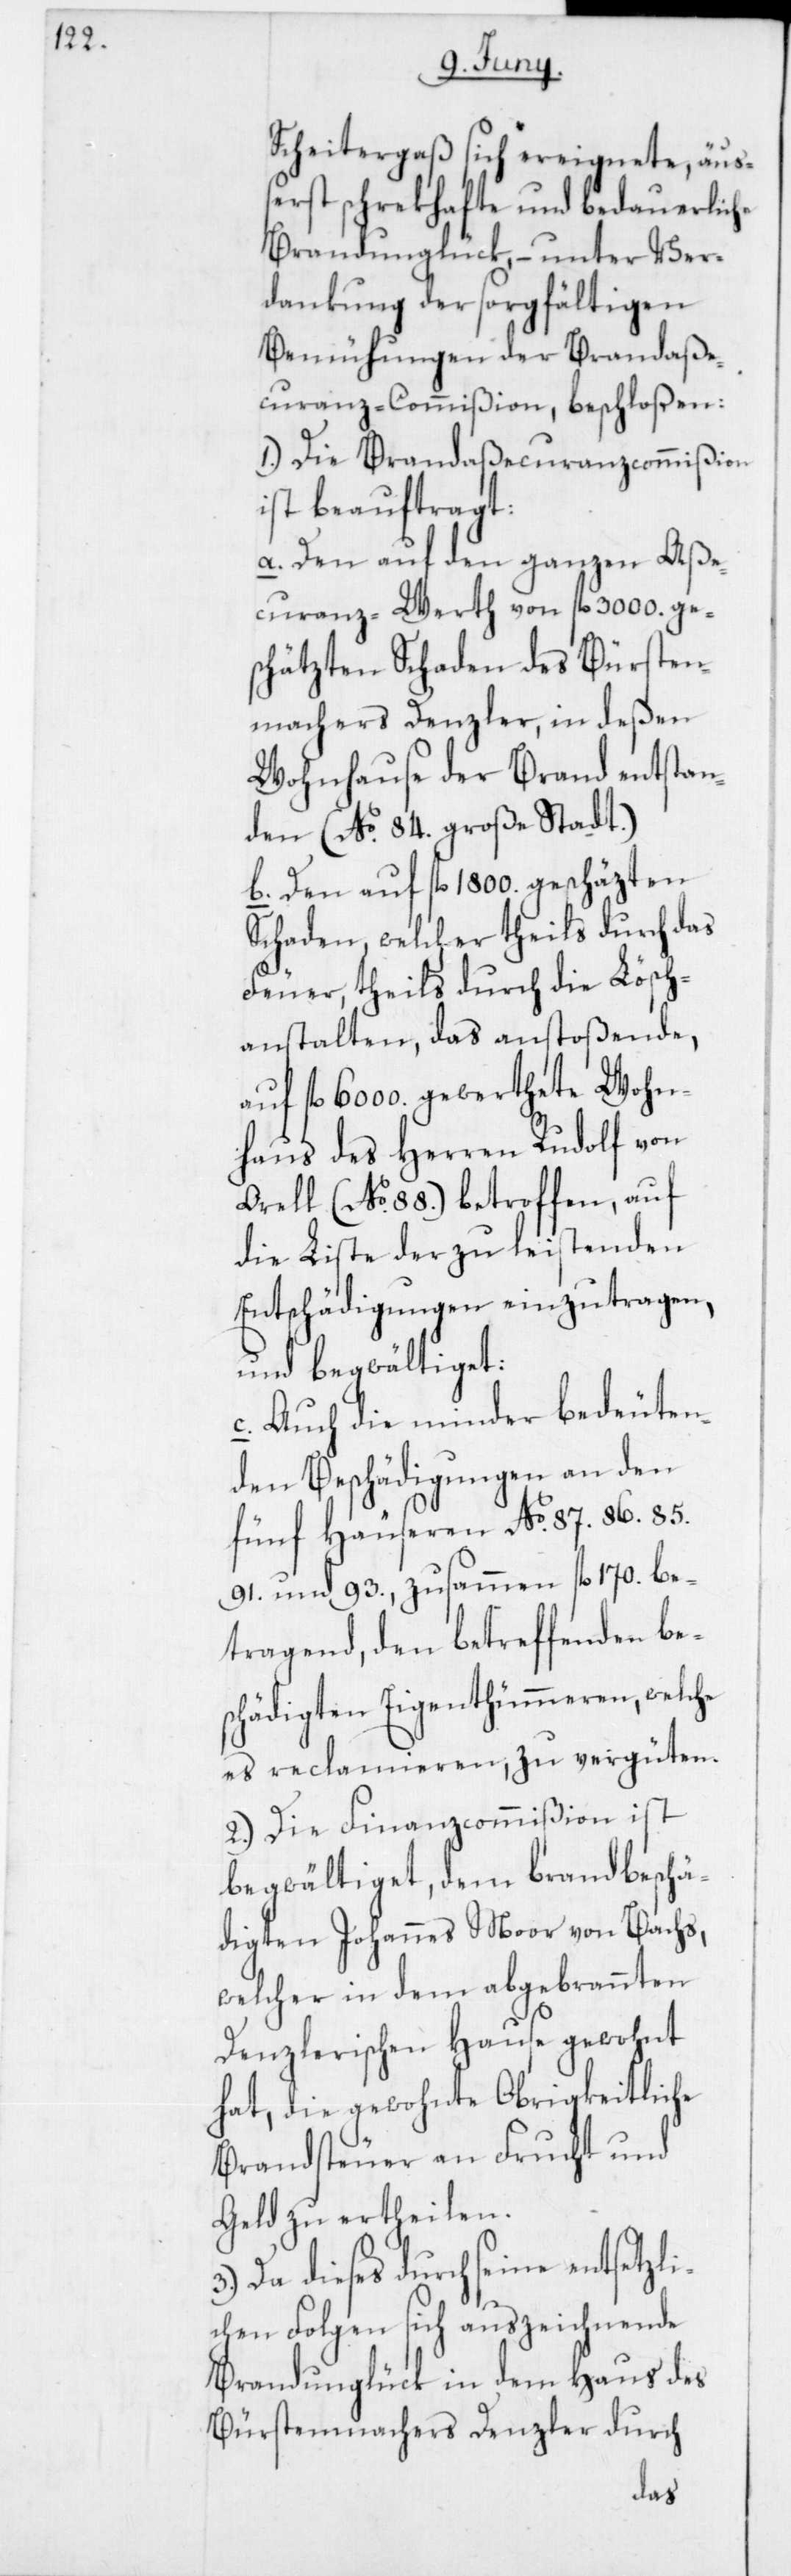
Scheitergaß sich ereignete, äuß¬
erst schrekhafte und bedauerliche
Brandunglück, – unter Ver¬
dankung der sorgfältigen
Bemühungen der Brandaße¬
curanz-Commißion, beschloßen:
1. Die Brandaßecuranzcommißion
ist beauftragt:
a) Den auf den ganzen Aße¬
curanz-Werth von fl. 3000. ges¬
chätzten Schaden des Bürste¬
nmachers Denzler, in deßen
Wohnhause der Brand entstan¬
den (No 84. große Stadt).
b) Den auf fl. 1800. geschätzten
Schaden, welcher theils durch das
Feuer, theils durch die Lösch¬
anstalten, das anstoßende,
auf fl. 6000. gewerthete Wohn¬
haus des Herren Rudolf von
Orell (No 88.) betroffen, auf
die Liste der zu leistenden
Entschädigungen einzutragen,
und begwältiget.
c) Auch die minder bedeuten¬
den Beschädigungen an den
fünf Häuseren No 87, 86, 85,
91 und 93, zusammen fl. 170. be¬
tragend, den betreffenden be¬
schädigten Eigenthümmeren, welche
es reclamieren, zu vergüten.
2. Die Finanzcommißion ist
begwältiget, den brandbeschä¬
digten Johannes Moor von Bachs,
welcher in dem abgebrannten
Denzlerischen Hause gewohnt
hat, die gewohnte Obrigkeitliche
Brandsteuer an Frucht und
Geld zu ertheilen.
Da dieses durch seine entsetzl¬
ichen Folgen sich auszeichnende
Brandunglück in dem Haus des
Bürstenmachers Denzler durch